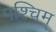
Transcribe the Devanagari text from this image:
पश्चिम्